Lunatic asylums Central Provinces reports 1886-1894 - 1886-1894
Year: 1886
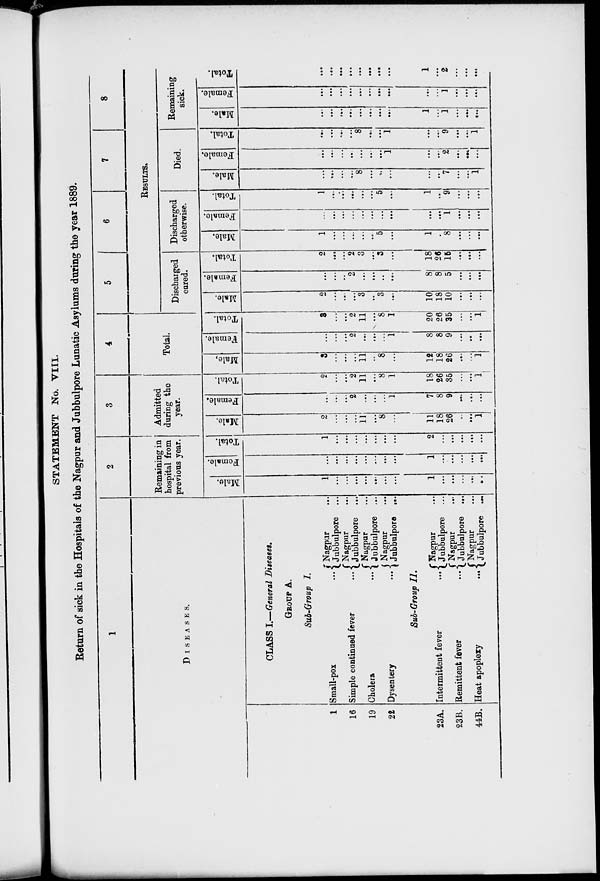
STATEMENT No. VIII.
Return of sick in the Hospitals of the Nagpur and Jubbulpore Lunatic Asylums during the year 1889.
1
DISEASES.
1
16
19
22
23A.
23B.
44B.
CLASS I.— General Diseases.
GROUP A.
Sub-Group I.
Small-pox ...
Simple continued fever ...
Cholera
...
Dysentery ...
Nagpur ...
Jubbulpore ...
Nagpur ...
Jubbulpore ...
Nagpur ...
Jubbulpore ...
Nagpur ...
Jubbulpore ...
Sub-Group I1.
Intermittent fever
...
Remittent fever
...
Heat apoplexy
...
Nagpur ...
Jubbulpore ...
Nagpur ...
Jubbulpore ...
Nagpur ...
Jubbulpore ...
2
Remaining in
hospital from
previous year.
Males.
1
...
...
...
...
...
...
...
1
...
...
...
...
...
Females.
...
...
...
...
...
....
...
...
1
...
...
...
...
...
Total.
1
...
...
...
...
...
...
...
2
...
...
...
...
...
3
Admitted
during the
year.
Males.
2
...
...
...
11
...
8
...
11
18
26
...
...
1
Females.
...
...
...
2
...
...
...
1
7
8
9
...
...
...
Total.
2
...
...
2
11
...
8
1
18
26
35
...
...
1
4
Total.
Males.
3
...
...
...
11
...
8
...
12
18
26
...
...
1
Females.
...
...
...
2
...
...
...
1
8
8
9
...
...
...
Total.
3
...
...
2
11
...
8
1
20
26
35
...
...
1
5
6
7
8
RESULTS.
Discharged
cured.
Males.
2
...
...
...
3
...
3
...
10
18
10
...
...
...
Females.
...
...
...
2
...
...
...
...
8
8
5
...
...
...
Total.
2
...
...
2
3
...
3
...
18
26
15
...
...
...
Discharged
otherwise.
Males.
1
...
...
...
...
...
5
...
1
...
8
...
...
...
Females.
...
...
...
...
...
...
...
...
...
...
1
...
...
...
Total.
1
...
...
...
...
...
5
...
1
...
9
...
...
...
Died.
Males.
...
...
...
...
8
...
...
...
...
...
7
...
...
1
Females.
...
...
...
...
...
...
...
1
...
...
2
...
...
...
Total.
...
...
...
...
8
...
...
1
...
...
9
...
...
1
Remaining
sick.
Males.
...
...
...
...
...
...
...
...
1
...
1
...
...
...
Females.
...
...
...
...
...
...
...
...
...
...
1
...
...
...
Total.
...
...
...
...
...
...
...
...
1
...
2
...
...
...